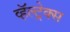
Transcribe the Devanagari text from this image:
व्हॅल्ट्रेक्स